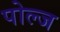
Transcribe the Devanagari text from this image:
पोल्ज